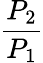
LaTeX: \frac{P_{2}}{P_{1}}